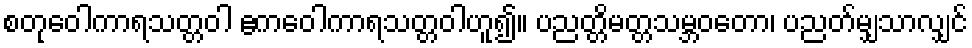
စတုဝေါကာရသတ္တဝါ ဧကဝေါကာရသတ္တဝါဟူ၍။ ပညတ္တိမတ္တသမ္ဘဝတော၊ ပညတ်မျှသာလျှင်